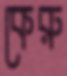
কেরু